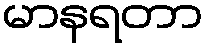
မာနရတာ